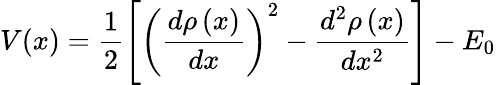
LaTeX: V(x)=\frac 12\left[\left(\frac{d\rho\left(x\right)}{dx}\right)^{2}-\frac{d^{2}\rho\left(x\right)}{dx^{2}}\right]-E_{0}